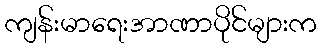
ကျန်းမာရေးအာဏာပိုင်များက